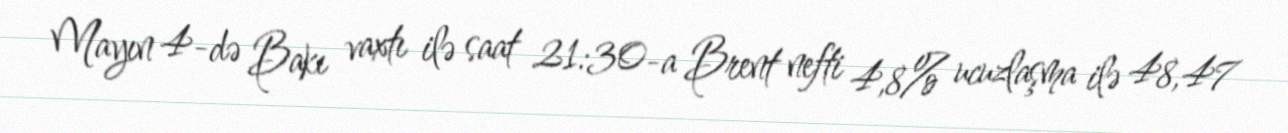
Mayın 4-də Bakı vaxtı ilə saat 21:30-a Brent nefti 4,8% ucuzlaşma ilə 48,47